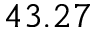
4 3 . 2 7